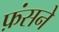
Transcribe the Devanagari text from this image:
फ़ंसने